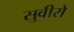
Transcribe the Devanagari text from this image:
सुवीरो